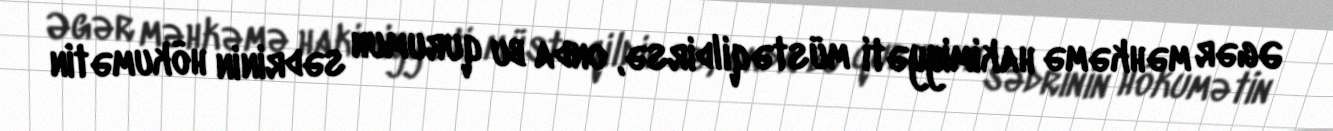
Əgər məhkəmə hakimiyyəti müstəqildirsə, onda bu qurumun sədrinin hökumətin